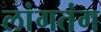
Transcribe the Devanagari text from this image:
लांगतंग